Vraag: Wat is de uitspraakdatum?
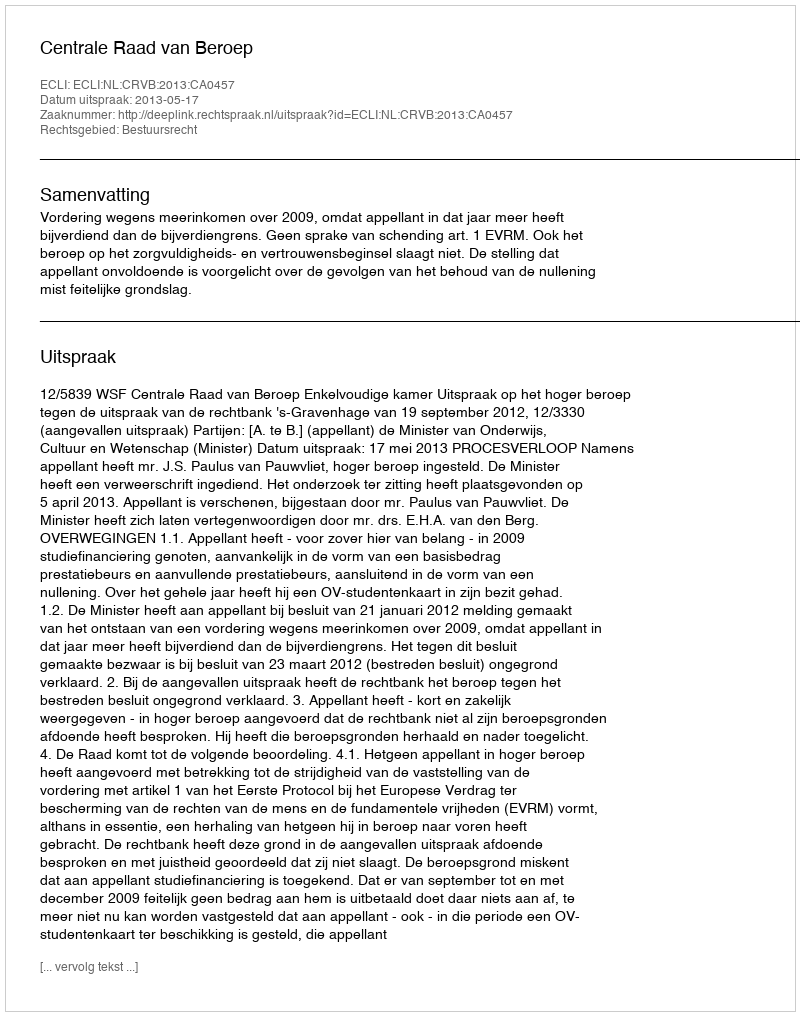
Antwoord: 2013-05-17